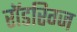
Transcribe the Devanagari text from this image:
रॉडरिग्ज